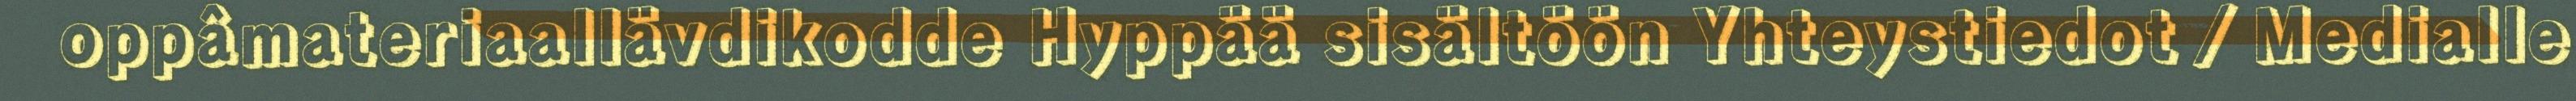
oppâmateriaallävdikodde Hyppää sisältöön Yhteystiedot ⁄ Medialle